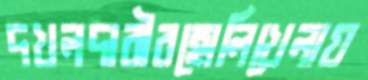
দখলদারীরহোলিখেলায়